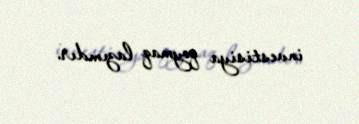
investisiya qoymaq lazımdır.